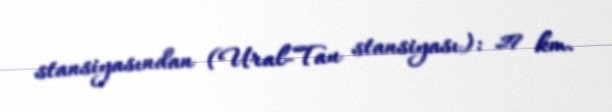
stansiyasından (Ural-Tau stansiyası): 27 km.